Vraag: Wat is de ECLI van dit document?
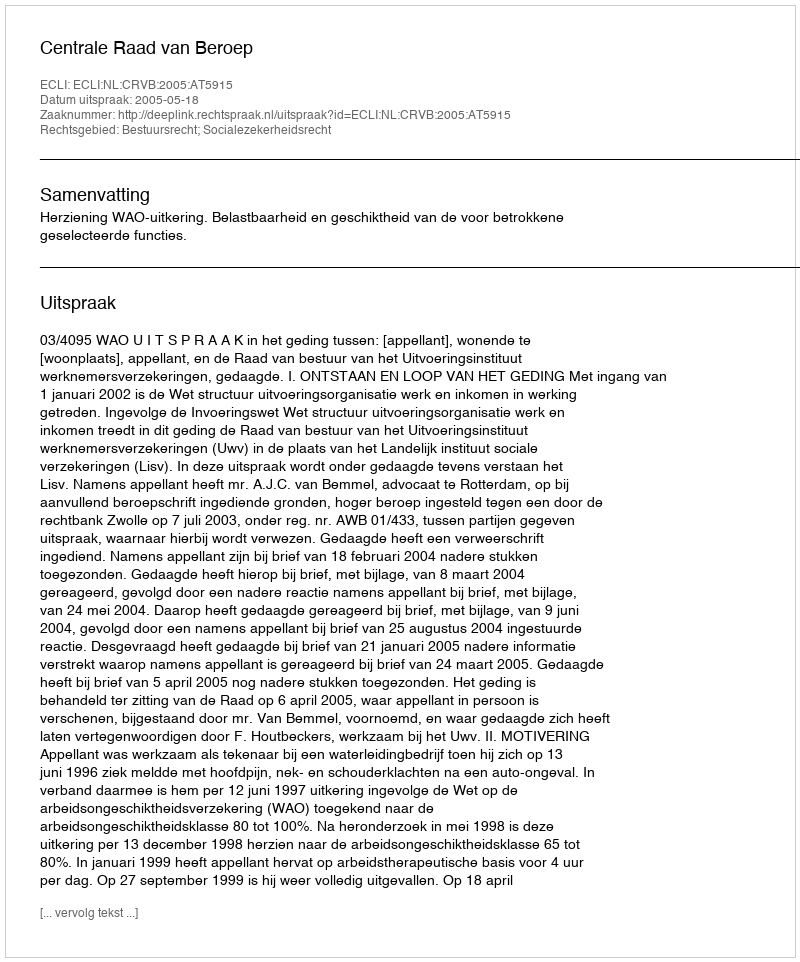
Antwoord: ECLI:NL:CRVB:2005:AT5915